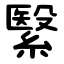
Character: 繄